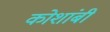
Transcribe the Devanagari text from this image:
कोशांबी